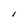
Character: 1